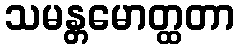
သမန္တမောတ္ထတာ